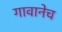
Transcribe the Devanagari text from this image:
गावानेच